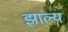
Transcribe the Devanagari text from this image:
झाल्य